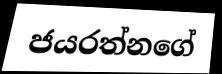
ජයරත්නගේ